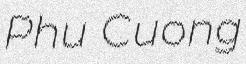
Phu Cuong